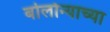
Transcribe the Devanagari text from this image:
बोलोन्याच्या